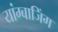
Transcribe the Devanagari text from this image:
यांग्बाजिंग